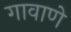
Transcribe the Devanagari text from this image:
गावाणे